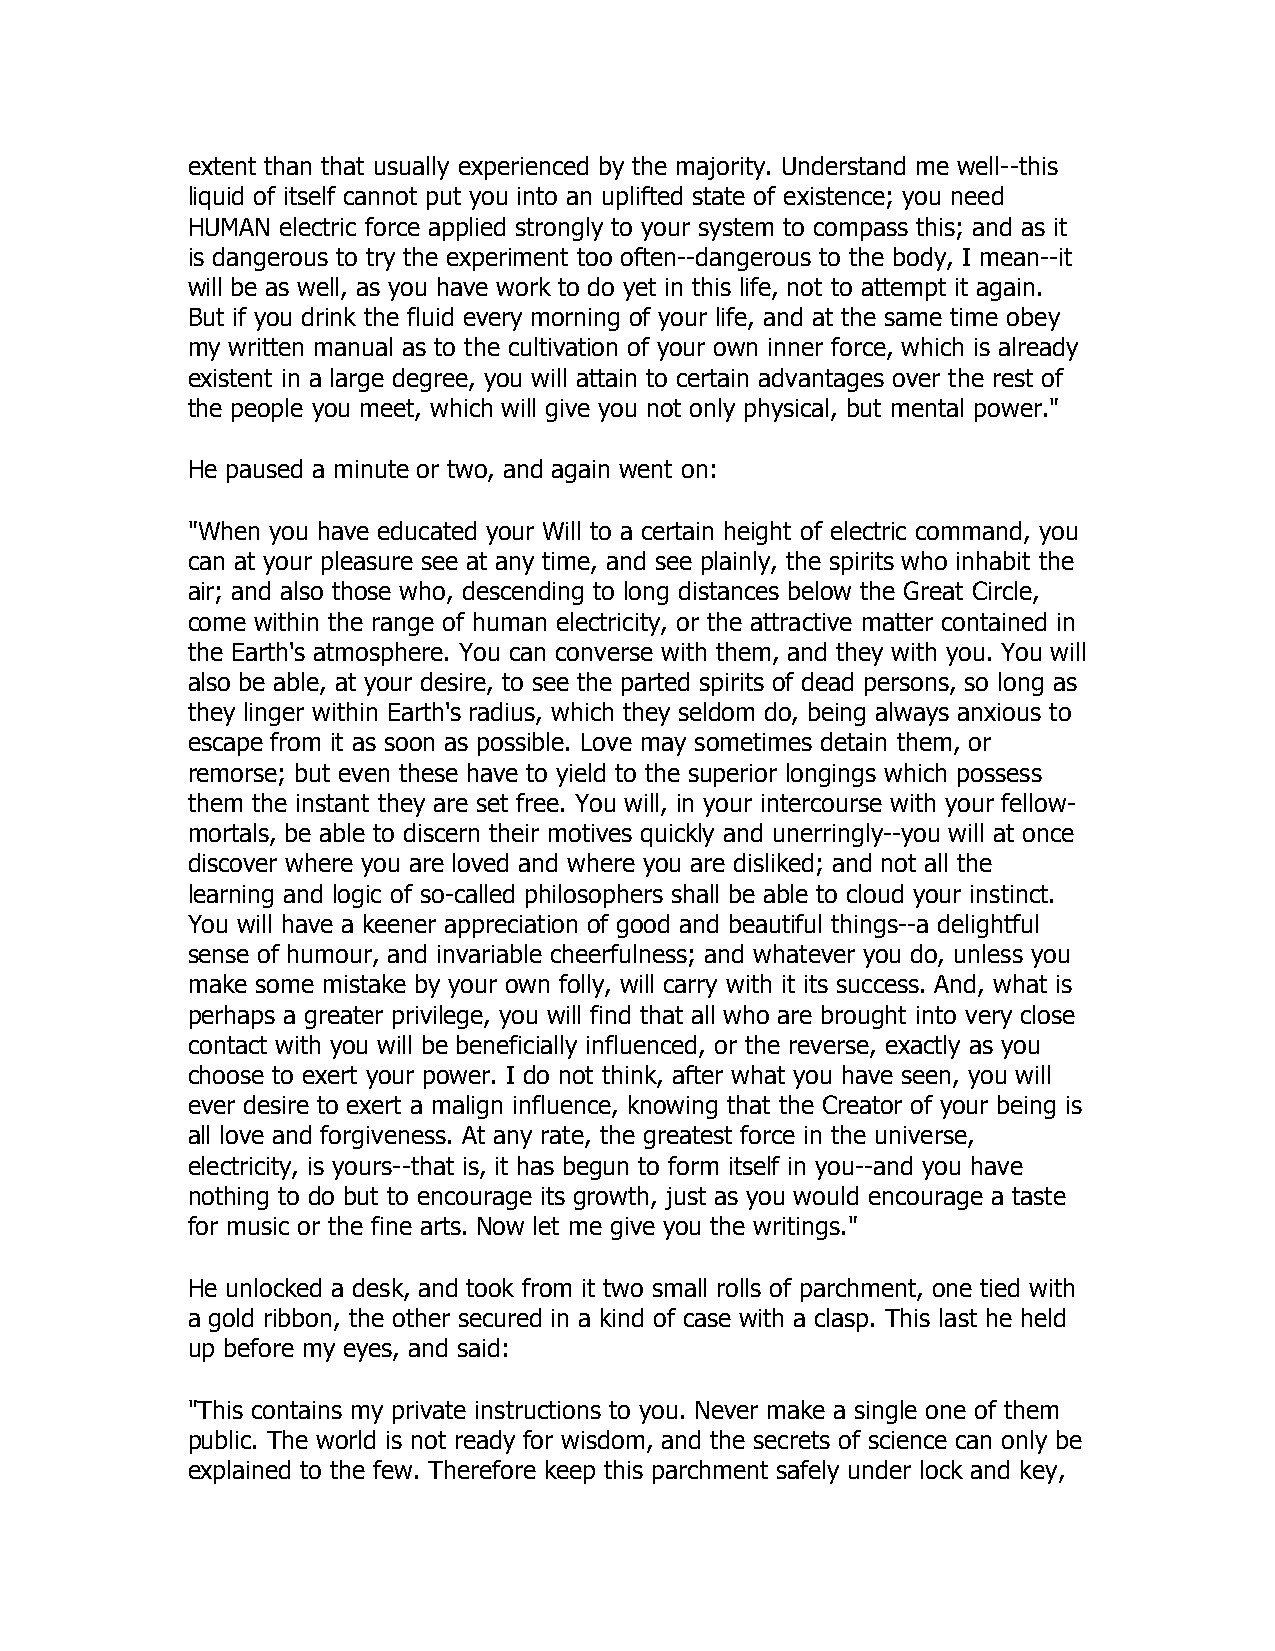
extent than that usually experienced by the majority. Understand me well--this
 liquid of itself cannot put you into an uplifted state of existence; you need
 HUMAN  electric force applied strongly to your system to compass this; and as it
 is dangerous to try the experiment too often--dangerous to the body, I mean--it
 will be as well, as you have work to do yet in this life, not to attempt it again.
 But if you drink the fluid every morning of your life, and at the same time obey
 my written manual as to the cultivation of your own inner force, which is already
 existent in a large degree, you will attain to certain advantages over the rest of
 the people you meet, which will give you not only physical, but mental power."
 He paused a minute or two, and again went on:
 "When you have educated your Will to a certain height of electric command, you
 can at your pleasure see at any time, and see plainly, the spirits who inhabit the
 air; and also those who, descending to long distances below the Great Circle,
 come within the range of human electricity, or the attractive matter contained in
 the Earth's atmosphere. You can converse with them, and they with you. You will
 also be able, at your desire, to see the parted spirits of dead persons, so long as
 they linger within Earth's radius, which they seldom do, being always anxious to
 escape from it as soon as possible. Love may sometimes detain them, or
 remorse; but even these have to yield to the superior longings which possess
 them the instant they are set free. You will, in your intercourse with your fellow-
 mortals, be able to discern their motives quickly and unerringly--you will at once
 discover where you are loved and where you are disliked; and not all the
 learning and logic of so-called philosophers shall be able to cloud your instinct.
 You will have a keener appreciation of good and beautiful things--a delightful
 sense of humour, and invariable cheerfulness; and whatever you do, unless you
 make some mistake by your own folly, will carry with it its success. And, what is
 perhaps a greater privilege, you will find that all who are brought into very close
 contact with you will be beneficially influenced, or the reverse, exactly as you
 choose to exert your power. I do not think, after what you have seen, you will
 ever desire to exert a malign influence, knowing that the Creator of your being is
 all love and forgiveness. At any rate, the greatest force in the universe,
 electricity, is yours--that is, it has begun to form itself in you--and you have
 nothing to do but to encourage its growth, just as you would encourage a taste
 for music or the fine arts. Now let me give you the writings."
 He unlocked a desk, and took from it two small rolls of parchment, one tied with
 a gold ribbon, the other secured in a kind of case with a clasp. This last he held
 up before my eyes, and said:
 "This contains my private instructions to you. Never make a single one of them
 public. The world is not ready for wisdom, and the secrets of science can only be
 explained to the few. Therefore keep this parchment safely under lock and key,